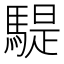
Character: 騠